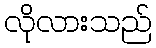
လိုလားသည်